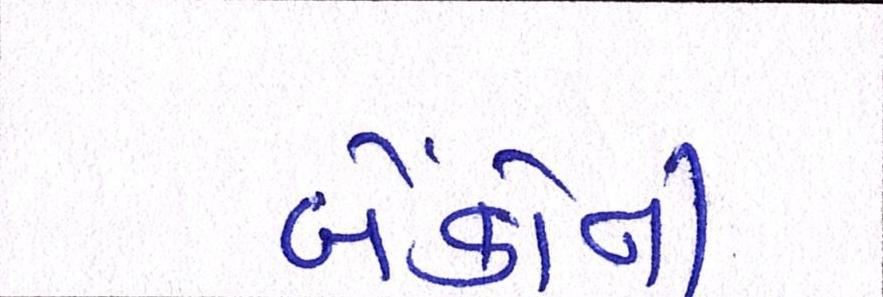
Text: બેંકોની